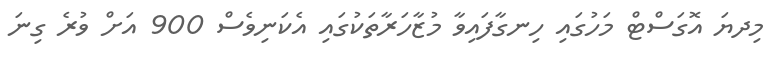
މިދޔަ އޮގަސްޓް މަހުގައި ހިނގާފައިވާ މުޒާހަރާތަކުގައި އެކަނިވެސް 900 އަށް ވުރެ ގިނަ